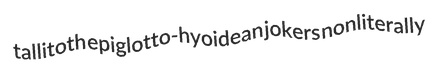
tallitoth epiglotto-hyoidean jokers nonliterally